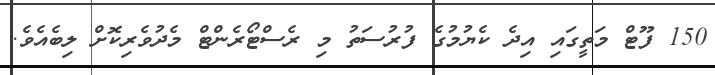
150 ފޫޓް މަތީގައި އިދެ ކެޔުމުގެ ފުރުސަތު މި ރެސްޓޯރެންޓް މެދުވެރިކޮށް ލިބެއެވެ.